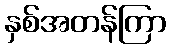
နှစ်အတန်ကြာ